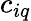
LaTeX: c_{iq}